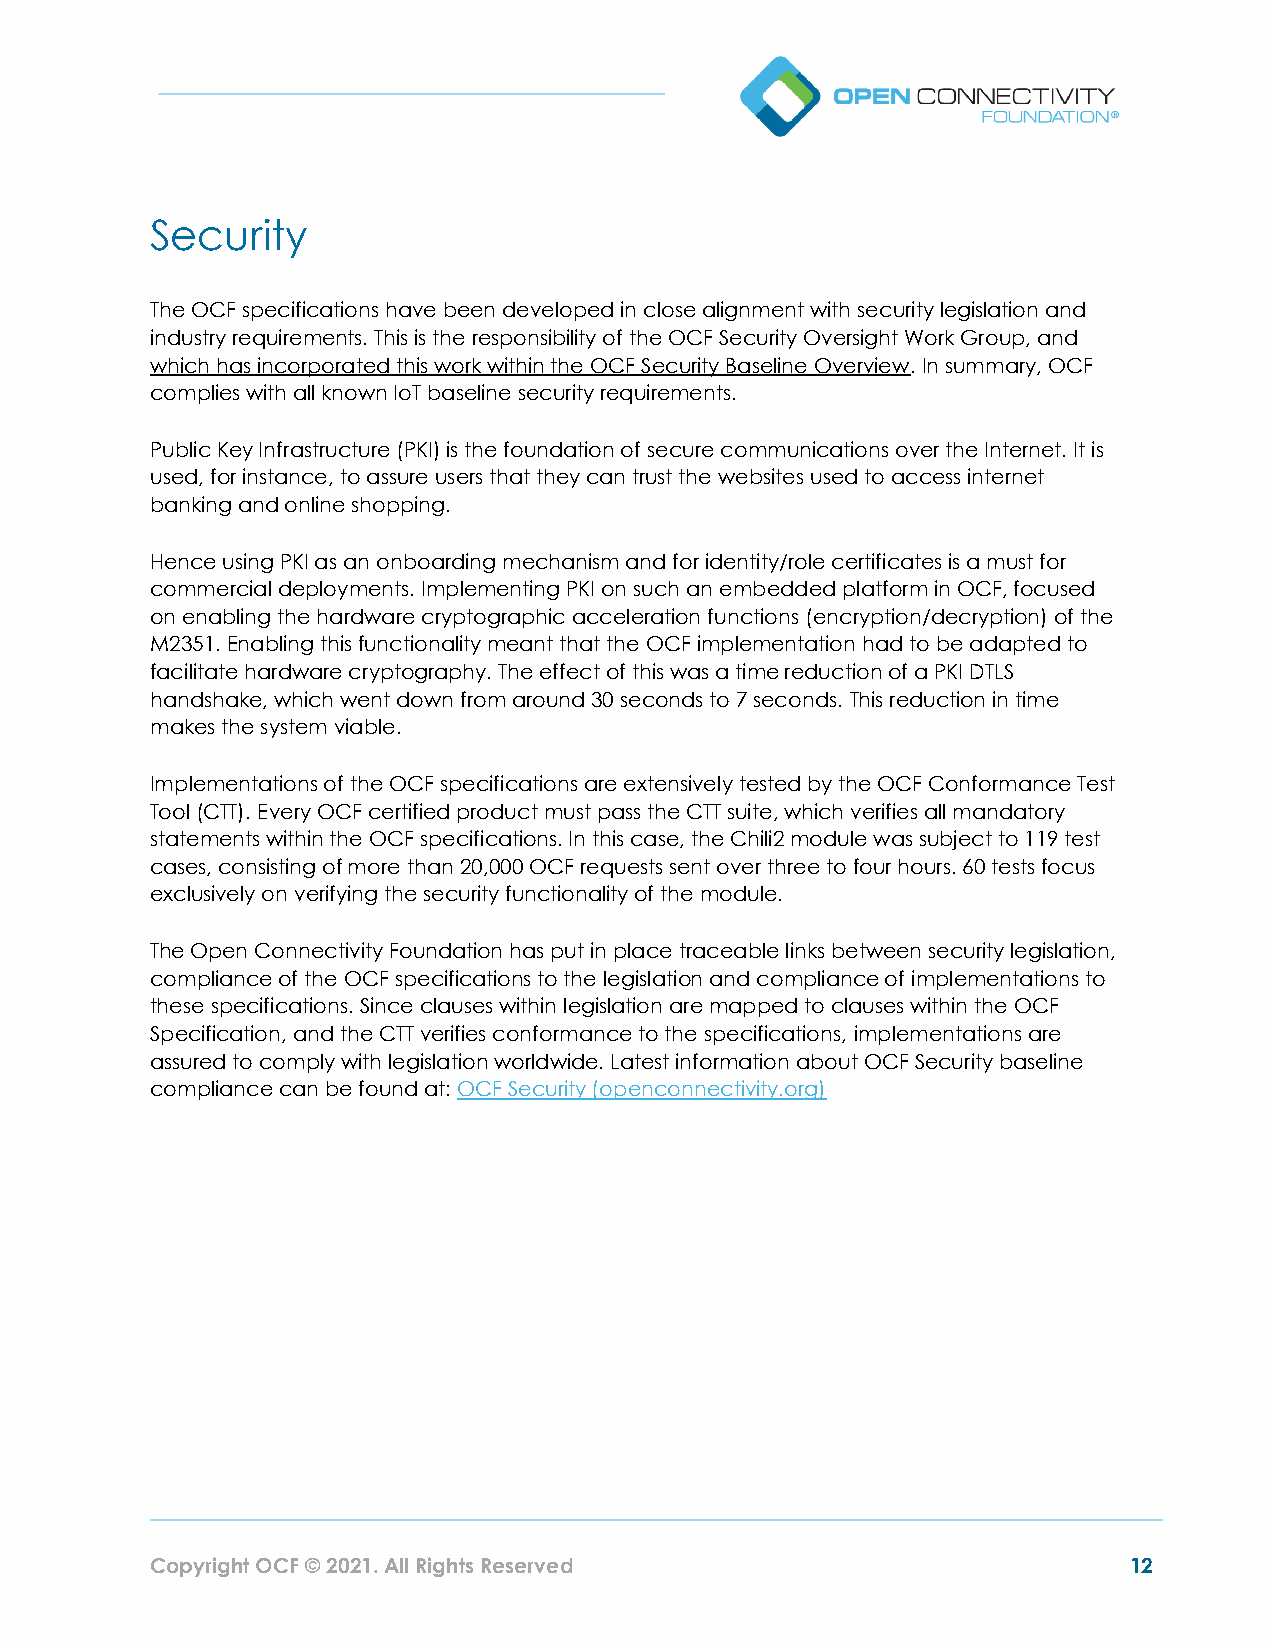
Security
 The OCF specifications have been developed in close alignment with security legislation and
 industry requirements. This is the responsibility of the OCF Security Oversight Work Group, and
 which has incorporated this work within the OCF Security Baseline Overview. In summary, OCF
 complies with all known IoT baseline security requirements.
 Public Key Infrastructure (PKI) is the foundation of secure communications over the Internet. It is
 used, for instance, to assure users that they can trust the websites used to access internet
 banking and online shopping.
 Hence using PKI as an onboarding mechanism and for identity/role certificates is a must for
 commercial deployments. Implementing PKI on such an embedded platform in OCF, focused
 on enabling the hardware cryptographic acceleration functions (encryption/decryption) of the
 M2351. Enabling this functionality meant that the OCF implementation had to be adapted to
 facilitate hardware cryptography. The effect of this was a time reduction of a PKI DTLS
 handshake, which went down from around 30 seconds to 7 seconds. This reduction in time
 makes the system viable.
 Implementations of the OCF specifications are extensively tested by the OCF Conformance Test
 Tool (CTT). Every OCF certified product must pass the CTT suite, which verifies all mandatory
 statements within the OCF specifications. In this case, the Chili2 module was subject to 119 test
 cases, consisting of more than 20,000 OCF requests sent over three to four hours. 60 tests focus
 exclusively on verifying the security functionality of the module.
 The Open Connectivity Foundation has put in place traceable links between security legislation,
 compliance of the OCF specifications to the legislation and compliance of implementations to
 these specifications. Since clauses within legislation are mapped to clauses within the OCF
 Specification, and the CTT verifies conformance to the specifications, implementations are
 assured to comply with legislation worldwide. Latest information about OCF Security baseline
 compliance can be found at: OCF Security (openconnectivity.org)
 Copyright OCF © 2021. All Rights Reserved                        12